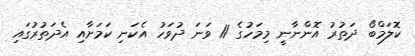
ކޮލަމްބޯ ދަތުރު އޮންނާނީ މިމަހުގެ 11 ވަނަ ދުވަހު އެކަނި ކަމަށާއި އެދަތުރުގައި